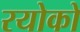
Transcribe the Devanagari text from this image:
रयोको